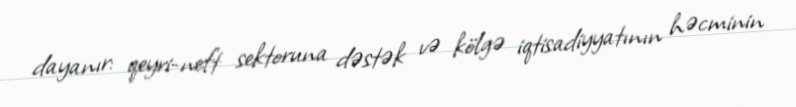
dayanır: qeyri-neft sektoruna dəstək və kölgə iqtisadiyyatının həcminin